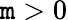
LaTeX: \mathtt{m}>0